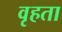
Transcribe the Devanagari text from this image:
वृहता